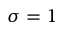
\sigma = 1